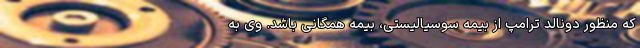
که منظور دونالد ترامپ از بیمه سوسیالیستی، بیمه همگانی باشد. وی به